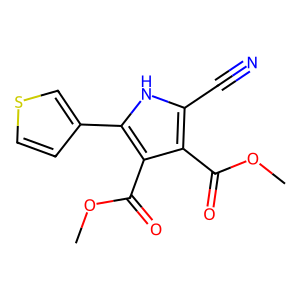
SMILES: COC(=O)c1c(C#N)[nH]c(-c2ccsc2)c1C(=O)OC
Inhibits HIV replication: No